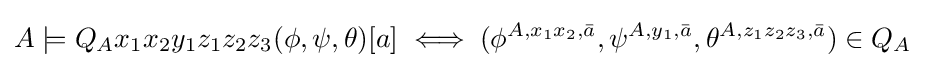
A\models Q_{A}x_{1}x_{2}y_{1}z_{1}z_{2}z_{3}(\phi ,\psi ,\theta )[a]\iff (\phi ^{A,x_{1}x_{2},{\bar {a}}},\psi ^{A,y_{1},{\bar {a}}},\theta ^{A,z_{1}z_{2}z_{3},{\bar {a}}})\in Q_{A}